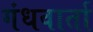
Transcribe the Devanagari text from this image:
गंधवार्ता